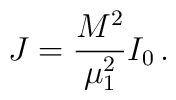
J=\frac{M^2}{\mu_1^2}I_0\,.